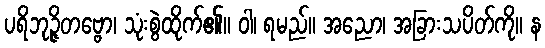
ပရိဘုဉ္ဇိတဗ္ဗော၊ သုံးစွဲထိုက်၏။ ဝါ၊ ရမည်။ အညော၊ အခြားသပိတ်ကို။ န